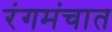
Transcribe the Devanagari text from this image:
रंगमंचात